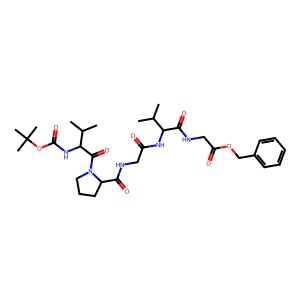
SMILES: CC(C)C(NC(=O)CNC(=O)C1CCCN1C(=O)C(NC(=O)OC(C)(C)C)C(C)C)C(=O)NCC(=O)OCc1ccccc1
Inhibits HIV replication: No